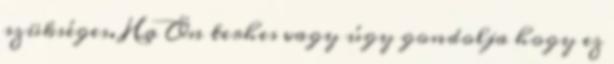
szükséges. Ha Ön terhes vagy úgy gondolja hogy ez